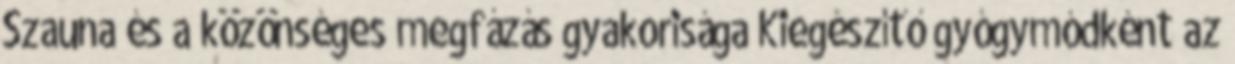
Szauna és a közönséges megfázás gyakorisága Kiegészítő gyógymódként az